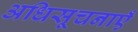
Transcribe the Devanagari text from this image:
अधिसूचनाएँ